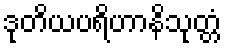
ဒုတိယပရိဟာနိသုတ္တံ